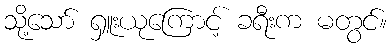
သို့သော် ရှူးယုကြောင့် ခရီးက မတွင်။